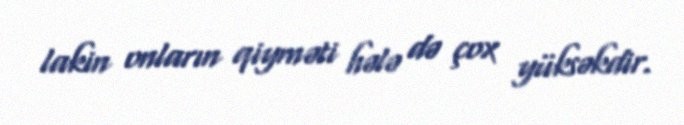
lakin onların qiyməti hələ də çox yüksəkdir.